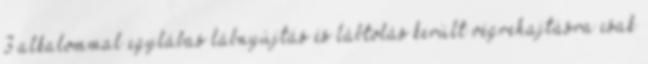
3 alkalommal egylábas lábnyújtás és lábtolás került végrehajtásra csak